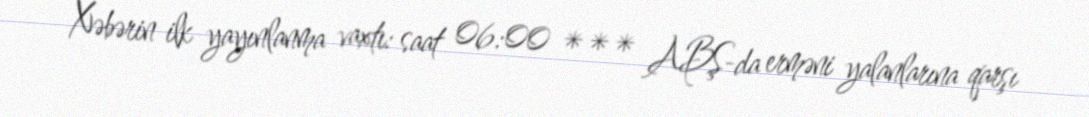
Xəbərin ilk yayınlanma vaxtı: saat 06:00 *** ABŞ-da erməni yalanlarına qarşı